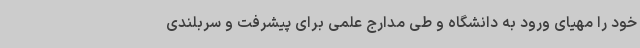
خود را مهیای ورود به دانشگاه و طی مدارج علمی برای پیشرفت و سربلندی